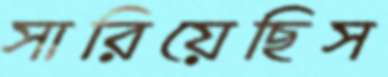
সারিয়েছিস